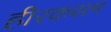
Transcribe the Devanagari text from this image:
हीरकसम